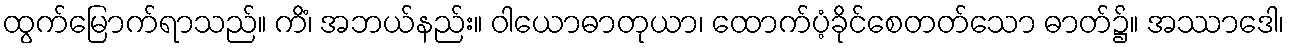
ထွက်မြောက်ရာသည်။ ကိံ၊ အဘယ်နည်း။ ဝါယောဓာတုယာ၊ ထောက်ပံ့ခိုင်စေတတ်သော ဓာတ်၌။ အဿာဒေါ၊